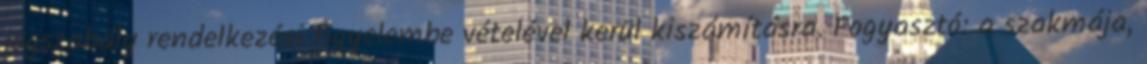
jogszabály rendelkezési figyelembe vételével kerül kiszámításra. Fogyasztó: a szakmája,